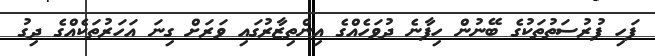
ފަހި ފުރުސަތުތަކުގެ ބޭނުން ހިފާނެ ދުވަހެއްގެ އިންތިޒާރުގައި ވަރަށް ގިނަ އަހަރުތަކެއްގެ ދިގު